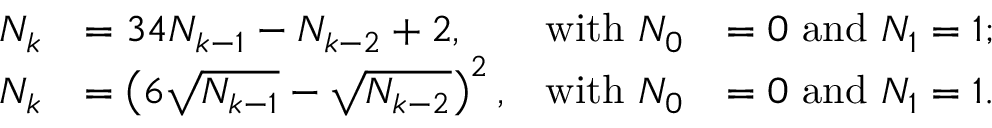
{ \begin{array} { r l r l } { N _ { k } } & { = 3 4 N _ { k - 1 } - N _ { k - 2 } + 2 , } & { { \mathrm { w i t h ~ } } N _ { 0 } } & { = 0 { \mathrm { ~ a n d ~ } } N _ { 1 } = 1 ; } \\ { N _ { k } } & { = \left( 6 { \sqrt { N _ { k - 1 } } } - { \sqrt { N _ { k - 2 } } } \right) ^ { 2 } , } & { { \mathrm { w i t h ~ } } N _ { 0 } } & { = 0 { \mathrm { ~ a n d ~ } } N _ { 1 } = 1 . } \end{array} }